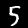
Digit: 5